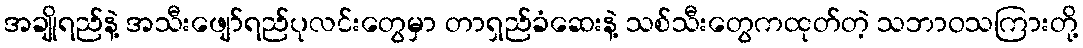
အချိုရည်နဲ့ အသီးဖျော်ရည်ပုလင်းတွေမှာ တာရှည်ခံဆေးနဲ့ သစ်သီးတွေကထုတ်တဲ့ သဘာဝသကြားတို့